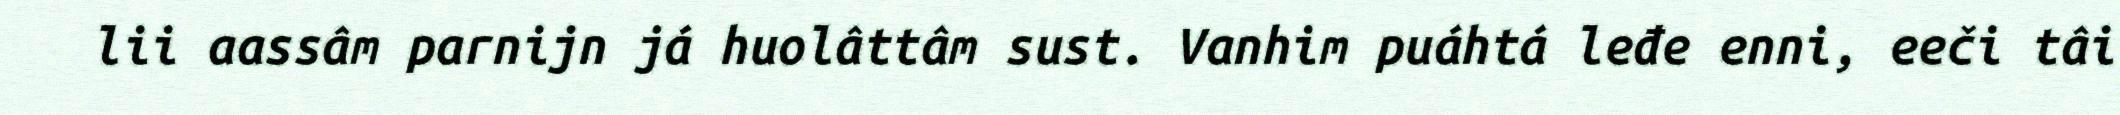
lii aassâm parnijn já huolâttâm sust. Vanhim puáhtá leđe enni, eeči tâi